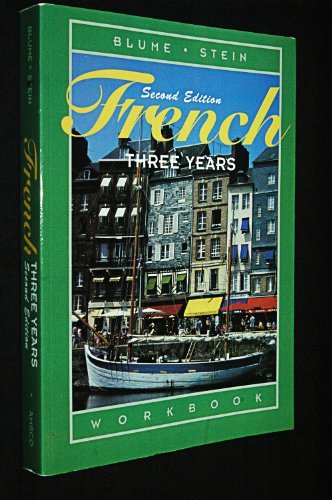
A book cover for French Three Years: Workbook, 2nd Edition (French and English Edition); Eli Blume; Teen & Young Adult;